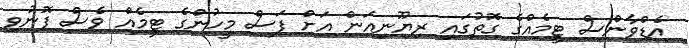
އެޑްވާންސް ޓީމެއްގެ ގޮތުގައި ރިޔޫނިއަން އަށް ފަސް މީހުންގެ ޓީމެއް ވެސް ފޮނުވި